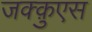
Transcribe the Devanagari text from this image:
जक्क़ुएस